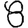
Digit: 8